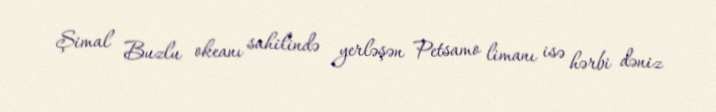
Şimal Buzlu okeanı sahilində yerləşən Petsamo limanı isə hərbi dəniz